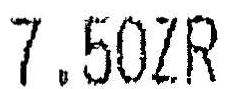
7.50ZR